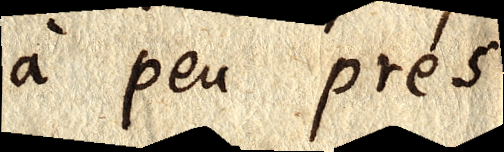
à peu près